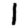
Digit: 1